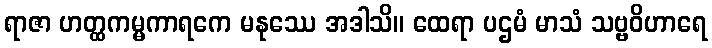
ရာဇာ ဟတ္ထကမ္မကာရကေ မနုဿေ အဒါသိ။ ထေရာ ပဌမံ မာသံ သဗ္ဗဝိဟာရေ